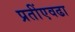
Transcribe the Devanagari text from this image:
प्रतींएवढा